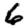
Digit: 6